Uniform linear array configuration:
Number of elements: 16
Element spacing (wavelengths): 0.75
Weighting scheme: hamming
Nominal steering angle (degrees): -45
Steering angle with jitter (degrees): -44.701
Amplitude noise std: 0.05
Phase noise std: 0.05

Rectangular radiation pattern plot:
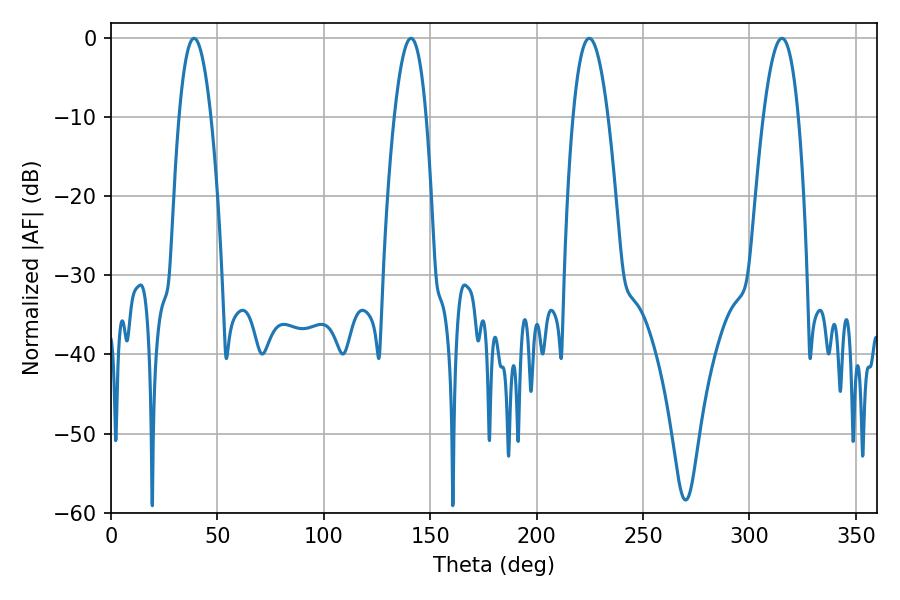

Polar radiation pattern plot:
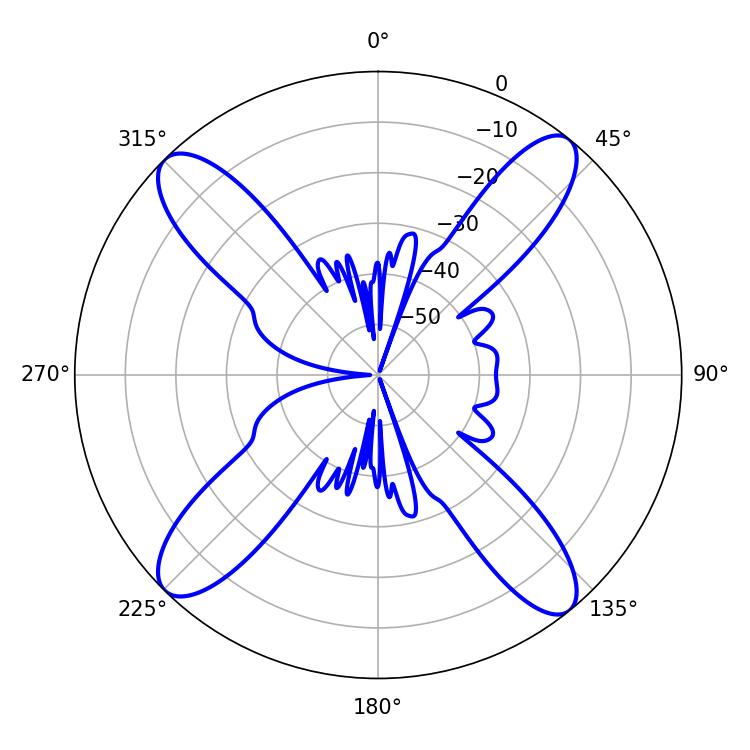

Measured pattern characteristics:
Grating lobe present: TRUE
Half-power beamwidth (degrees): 8.1
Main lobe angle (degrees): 39.06